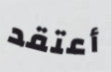
أعتقد